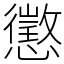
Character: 懲